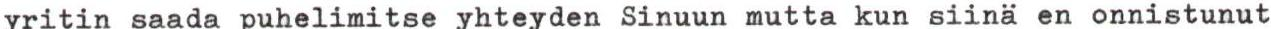
yritin saada puhelimitse yhteyden Sinuun mutta kun siinä en onnistunut